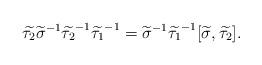
LaTeX: \begin{align*}\widetilde {\tau_2} {\widetilde {\sigma}}^{-1} {\widetilde {\tau_2}}^{-1} {\widetilde {\tau_1}}^{-1} ={\widetilde \sigma}^{-1} {\widetilde {\tau_1}}^{-1} [\widetilde \sigma, \widetilde {\tau_2}].\end{align*}